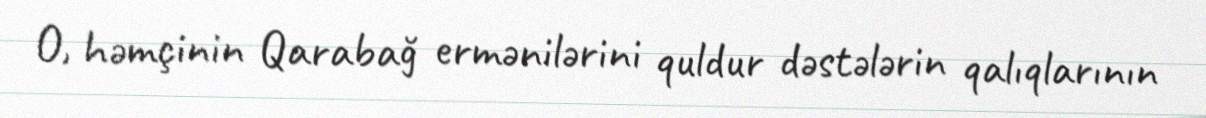
O, həmçinin Qarabağ ermənilərini quldur dəstələrin qalıqlarının